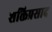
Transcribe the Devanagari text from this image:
शक्तिप्रसाद